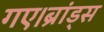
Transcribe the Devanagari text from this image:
गए।ब्रांड्स